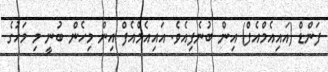
ފަންޑް (އައިއެމްއެފް) އިން ބުނެފިއެވެ. އައިއެމްއެފް އިން މިހެން ބުނީ މި މަހުގެ